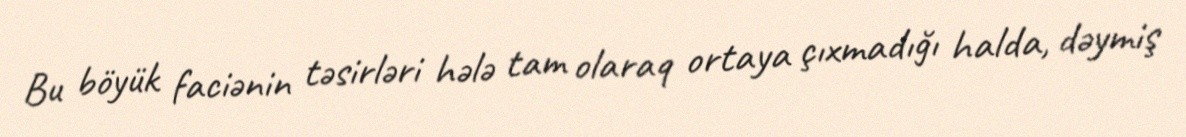
Bu böyük faciənin təsirləri hələ tam olaraq ortaya çıxmadığı halda, dəymiş